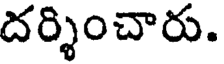
దర్శించారు.